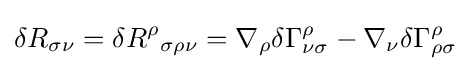
\delta R_{\sigma \nu }=\delta {R^{\rho }}_{\sigma \rho \nu }=\nabla _{\rho }\delta \Gamma _{\nu \sigma }^{\rho }-\nabla _{\nu }\delta \Gamma _{\rho \sigma }^{\rho }